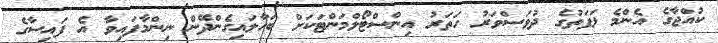
ކުއްޖާގެ އެންމެ ޅަފަތުގެ ދުވަސްވަރު ހަތަރު އިންސްޓޯލްމަންޓަކަށް ބަހާލައިގެންދޭން ނިންމާފައިވާ އެ ފައިސާގެ